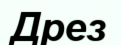
Дрез